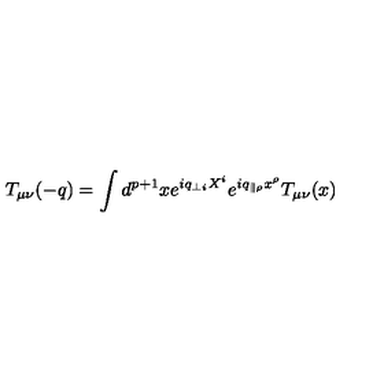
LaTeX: T _ { \mu \nu } ( - q ) = \int d ^ { p + 1 } x e ^ { i q _ { \perp i } X ^ { i } } e ^ { i q _ { \parallel \rho } x ^ { \rho } } T _ { \mu \nu } ( x )